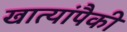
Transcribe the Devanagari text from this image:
खात्यांपैकी